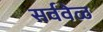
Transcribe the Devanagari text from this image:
सर्ववेळ